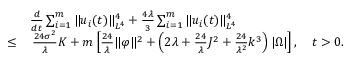
\begin{array} { r l } & { \frac { d } { d t } \sum _ { i = 1 } ^ { m } \| u _ { i } ( t ) \| _ { L ^ { 4 } } ^ { 4 } + \frac { 4 \lambda } { 3 } \sum _ { i = 1 } ^ { m } \| u _ { i } ( t ) \| _ { L ^ { 4 } } ^ { 4 } } \\ { \leq } & { \, \frac { 2 4 \sigma ^ { 2 } } { \lambda } K + m \left[ \frac { 2 4 } { \lambda } \| \varphi \| ^ { 2 } + \left( 2 \lambda + \frac { 2 4 } { \lambda } J ^ { 2 } + \frac { 2 4 } { \lambda ^ { 2 } } k ^ { 3 } \right) | \Omega | \right] , \quad t > 0 . } \end{array}